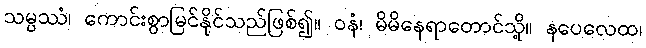
သမ္ပဿံ၊ ကောင်းစွာမြင်နိုင်သည်ဖြစ်၍။ ဝနံ၊ မိမိနေရာတောင်သို့။ နပေလေထ၊